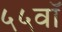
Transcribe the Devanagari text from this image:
५५वॉ